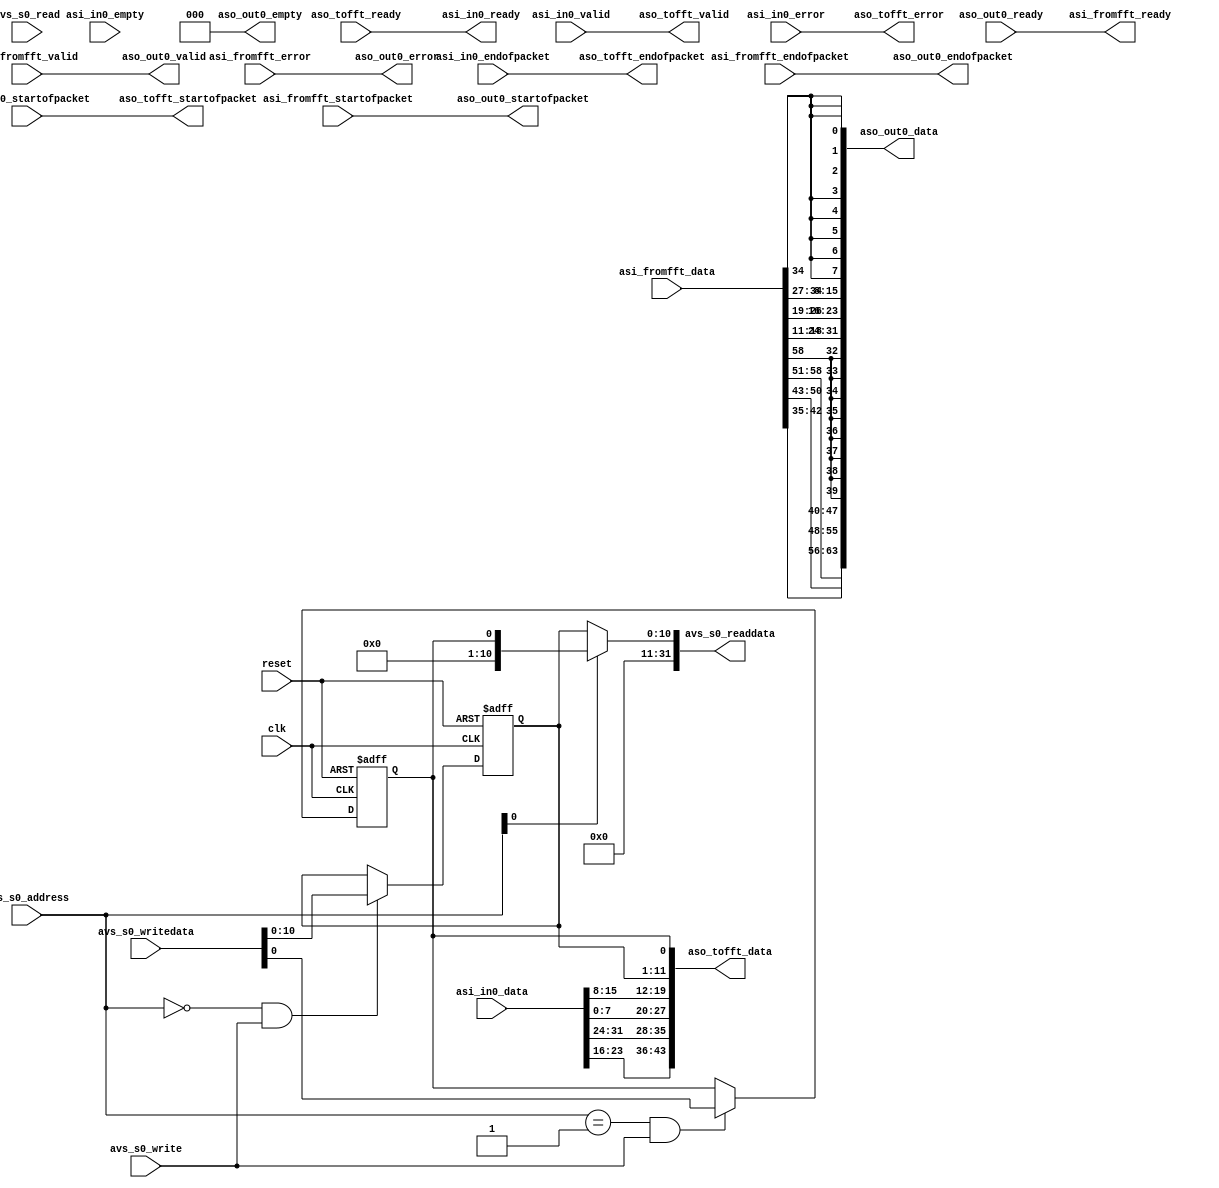
// fft_adapter.v

// This file was auto-generated as a prototype implementation of a module
// created in component editor.  It ties off all outputs to ground and
// ignores all inputs.  It needs to be edited to make it do something
// useful.
// 
// This file will not be automatically regenerated.  You should check it in
// to your version control system if you want to keep it.

`timescale 1 ps / 1 ps
module fft_adapter #(
		parameter FFT_IN_WIDTH  = 16,
		parameter FFT_OUT_WIDTH = 24,
		parameter SIZE_WIDTH    = 11
	) (
		output wire        asi_in0_ready,          //      in0.ready
		input  wire        asi_in0_valid,          //         .valid
		input  wire        asi_in0_startofpacket,  //         .startofpacket
		input  wire        asi_in0_endofpacket,    //         .endofpacket
		input  wire [1:0]  asi_in0_error,          //         .error
		input  wire [1:0]  asi_in0_empty,          //         .empty
		input  wire [(2*FFT_IN_WIDTH)-1:0] asi_in0_data,           //         .data
		input  wire        clk,                    //    clock.clk
		input  wire        reset,                  //    reset.reset
		output wire [63:0] aso_out0_data,          //     out0.data
		input  wire        aso_out0_ready,         //         .ready
		output wire        aso_out0_valid,         //         .valid
		output wire        aso_out0_startofpacket, //         .startofpacket
		output wire        aso_out0_endofpacket,   //         .endofpacket
		output wire [1:0]  aso_out0_error,         //         .error
		output wire [2:0]  aso_out0_empty,         //         .empty
		input  wire [2*FFT_OUT_WIDTH +SIZE_WIDTH -1:0] asi_fromfft_data,           // from_fft.data
		output wire        asi_fromfft_ready,          //         .ready
		input  wire        asi_fromfft_valid,          //         .valid
		input  wire        asi_fromfft_startofpacket,  //         .startofpacket
		input  wire        asi_fromfft_endofpacket,    //         .endofpacket
		input  wire [1:0]  asi_fromfft_error,          //         .error
		output wire [(2*FFT_IN_WIDTH) + SIZE_WIDTH :0] aso_tofft_data,          //   to_fft.data
		input  wire        aso_tofft_ready,         //         .ready
		output wire        aso_tofft_valid,         //         .valid
		output wire        aso_tofft_startofpacket, //         .startofpacket
		output wire        aso_tofft_endofpacket,  //         .endofpacket
		output wire  [1:0]      aso_tofft_error,         //         .error
		input  wire [1:0]  avs_s0_address,         //      csr.address
		input  wire        avs_s0_read,            //         .read
		output wire [31:0] avs_s0_readdata,        //         .readdata
		input  wire        avs_s0_write,           //         .write
		input  wire [31:0] avs_s0_writedata        //         .writedata
	);

	// TODO: Auto-generated HDL template
	//assign fft_ii_0_source_data = { fft_ii_0_source_real[23:0], fft_ii_0_source_imag[23:0], fft_ii_0_fftpts_out[10:0] };
	wire [31:0] source_real;
	wire [31:0] source_imag;
	reg [SIZE_WIDTH-1:0] size_register;
	reg direction_register;

	//CSR registger 
	//size register.
	always @ (posedge clk or posedge reset)
	begin
	if (reset)
	  size_register <= 128;
	else
	  if ((avs_s0_address ==0) && avs_s0_write)
	    size_register <= avs_s0_writedata[SIZE_WIDTH-1:0];
	end
	
	//direction register
	always @ (posedge clk or posedge reset)
	begin
	if (reset)
	  direction_register <= 0;
	else
	  if ((avs_s0_address ==1) && avs_s0_write)
	    direction_register <= avs_s0_writedata[0];
	end
	
	// read back path
	assign avs_s0_readdata = avs_s0_address[0]?{{31{1'b0}},direction_register}: {{31-SIZE_WIDTH{1'b0}}, size_register} ;
	
	
	//strip off the real and imaginary parts and sign extend the data. 
	assign source_real = {{32-FFT_OUT_WIDTH{asi_fromfft_data[SIZE_WIDTH +2*FFT_OUT_WIDTH -1]}},asi_fromfft_data[SIZE_WIDTH +2*FFT_OUT_WIDTH -1:SIZE_WIDTH +FFT_OUT_WIDTH]};
	assign source_imag = {{32-FFT_OUT_WIDTH{asi_fromfft_data[SIZE_WIDTH +FFT_OUT_WIDTH -1]}},asi_fromfft_data[SIZE_WIDTH +FFT_OUT_WIDTH -1:SIZE_WIDTH]};

	 // little endian conversion. 
	assign aso_out0_data = {source_real[7:0],source_real[15:8],source_real[23:16],source_real[31:24],
				source_imag[7:0],source_imag[15:8],source_imag[23:16],source_imag[31:24]};  //  out0.data

// signal going out to the sgdma.
	assign aso_out0_empty = 3'b000;
	
	assign aso_out0_valid = asi_fromfft_valid;

	assign aso_out0_startofpacket = asi_fromfft_startofpacket;

	assign aso_out0_endofpacket = asi_fromfft_endofpacket;

	assign aso_out0_error = asi_fromfft_error;
	

	assign asi_fromfft_ready = aso_out0_ready;

	// signals going to the fft.

	assign asi_in0_ready = aso_tofft_ready;
	
	assign aso_tofft_valid = asi_in0_valid;

	// need an endian conversion as well. 
//	assign aso_tofft_data = {asi_in0_data[7:0], asi_in0_data[15:8], asi_in0_data[23:16], asi_in0_data[31:24], size_register, direction_register};
// needed to shift the real and imaginary part for version 1.1
assign aso_tofft_data = {asi_in0_data[23:16], asi_in0_data[31:24], asi_in0_data[7:0], asi_in0_data[15:8], size_register, direction_register};

	assign aso_tofft_startofpacket = asi_in0_startofpacket;

	assign aso_tofft_endofpacket = asi_in0_endofpacket;

	assign aso_tofft_error = asi_in0_error;

//	assign aso_tofft_empty = asi_in0_empty;  // fft does not need empty

	


endmodule